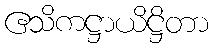
ဧသိကဋ္ဌာယိဋ္ဌိတာ